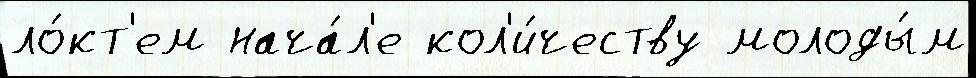
ло́кт'ем нача́л'е кол'и́честву молоды́м